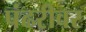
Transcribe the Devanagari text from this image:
पंढरीवर